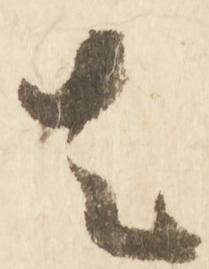
者